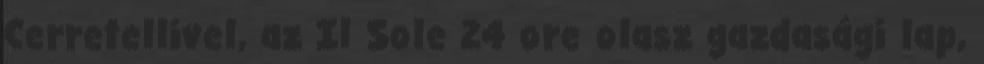
Cerretellivel, az Il Sole 24 ore olasz gazdasági lap,